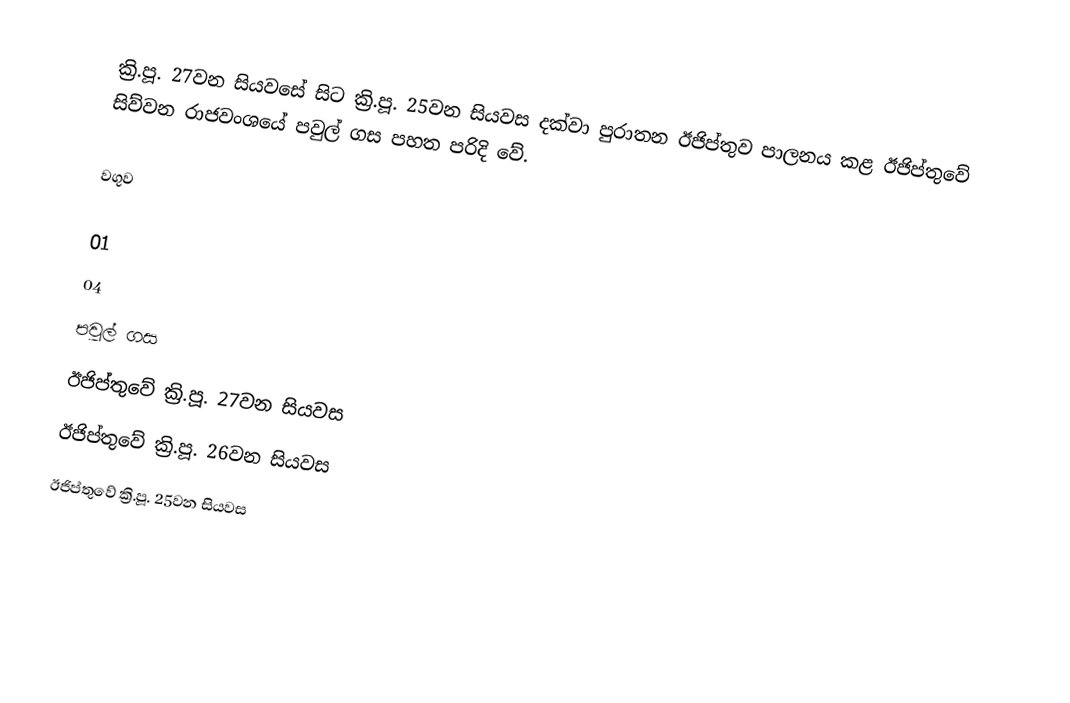
ක්‍රි.පූ. 27වන සියවසේ සිට ක්‍රි.පූ. 25වන සියවස දක්වා පුරාතන ඊජිප්තුව පාලනය කළ ඊජිප්තුවේ සිව්වන රාජවංශයේ පවුල් ගස පහත පරිදි වේ.

වගුව

 01
04
පවුල් ගස
ඊජිප්තුවේ ක්‍රි.පූ. 27වන සියවස
ඊජිප්තුවේ ක්‍රි.පූ. 26වන සියවස
ඊජිප්තුවේ ක්‍රි.පූ. 25වන සියවස